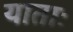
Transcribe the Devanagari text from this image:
याताः